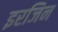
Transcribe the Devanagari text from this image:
इरजिन